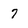
Character: 7